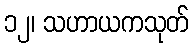
၁၂၊ သဟာယကသုတ်